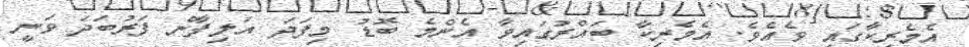
އެމެރިކާގައި ވެއެވެ. އެމެރިކާ ބައްރުގައިވާ އެންމެ ބޮޑު މިފަދަ އަލިފާން ފަރުބަދަ ވަނީ